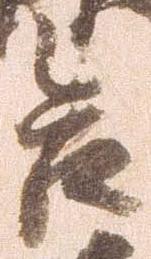
合